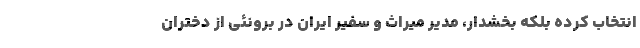
انتخاب کرده بلکه بخشدار، مدیر میراث و سفیر ایران در برونئی از دختران